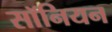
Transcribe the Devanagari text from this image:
सॉनियन